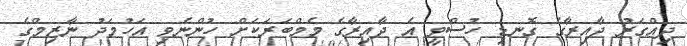
ދިއްގަރު ދާއިރާގެ ގޮނޑި ހުސްވީ އެ ދާއިރާގެ މެމްބަރަކަށް ހުންނެވި އަހުމަދު ނާޒިމްގެ